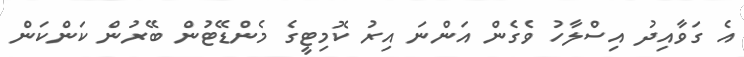
އެ ގަވާއިދު އިސްލާހު ވެގެން އަންނަ އިރު ކޮމިޓީގެ މެންޑޭޓުން ބޭރުން ކަންކަން